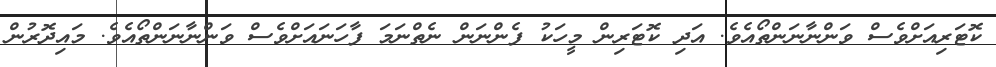
ކޮޓަރިއަށްވެސް ވަންނާނަންތޯއެވެ. އަދި ކޮޓަރިން މީހަކު ފެންނަން ނެތްނަމަ ފާހަނައަށްވެސް ވަންނާނަންތޯއެވެ. މައިދޮރުން